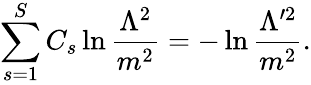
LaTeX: \sum_{s=1}^{S}C_{s}\ln\frac{\Lambda^{2}}{m^{2}}=-\ln\frac{\Lambda^{\prime 2}}{m^{2}}.